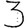
Digit: 3